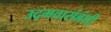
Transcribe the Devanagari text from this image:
उद्भवासंबंधी